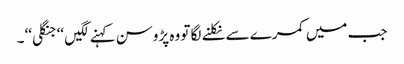
جب میں کمرے سے نکلنے لگا تو وہ پڑوسن کہنے لگیں ‘‘جنگلی‘‘ ۔